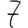
Digit: 7